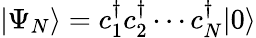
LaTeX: |\Psi_{N}\rangle=c_{1}^{\dagger}c_{2}^{\dagger}\cdots c_{N}^{\dagger}|0\rangle